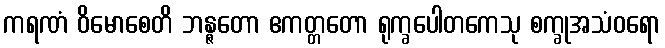
ကရဏံ ဝိမောစေတိ ဘန္ဇတော ဧကတ္တတော ရုက္ခပေါတကေသု စက္ခုအသံဝရော